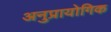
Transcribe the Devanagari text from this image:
अनुप्रायोगिक